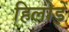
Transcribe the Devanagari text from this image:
हिलोड़ें